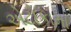
એટોકામા